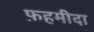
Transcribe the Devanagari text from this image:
फ़हमीदा